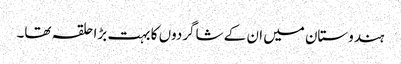
ہندوستان میں ان کے شاگردوں کا بہت بڑا حلقہ تھا۔